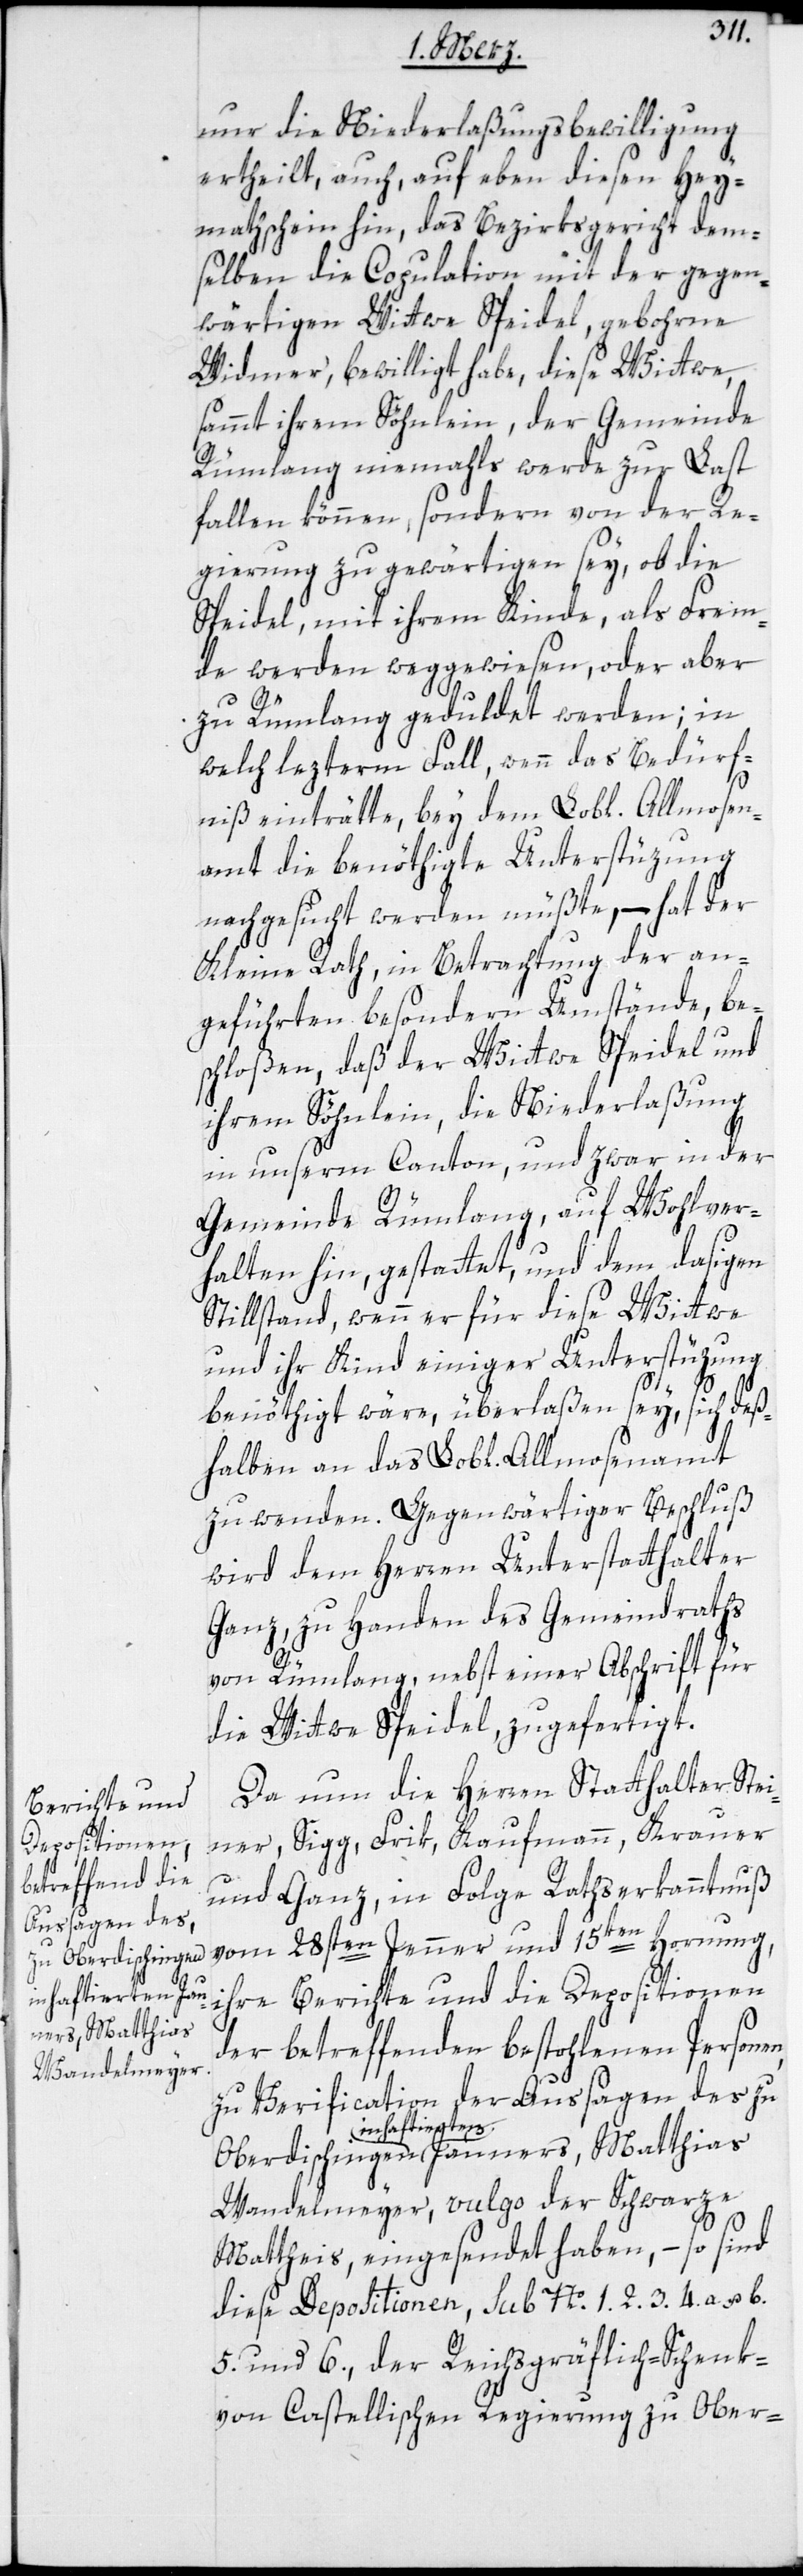
u Oberdischingen
inhaftierten Jau¬
ners, Matthias

nur die Niederlaßungsbewilligung
ertheilt, auch, auf eben diesen Hey¬
mathschein hin, das Bezirksgericht dem¬
selben die Copulation mit der gegen¬
wärtigen Wittwe Speidel, gebohrne
Widmer, bewilliget habe, diese Wittwe,
sammt ihrem Söhnlein, der Gemeinde
Rümlang niemahls werde zur Last
fallen können, sondern von der Re¬
gierung zu gewärtigen sey, ob die
Speidel, mit ihrem Kinde, als Frem¬
de werde weggewiesen, oder aber
zu Rümlang geduldet werden; in
welch lezterem Fall, wenn das Bedürf¬
niß einträtte, bey dem Lobl. Allmosen¬
amt die benöthigte Unterstüzung
nachgesucht werden müßte, – hat der
Kleine Rath, in Betrachtung der an¬
geführten besondern Umstände, be¬
schloßen, daß der Wittwe Speidel und
ihrem Söhnlein, die Niederlaßung
in unserm Canton, und zwar in der
Gemeinde Rümlang, auf Wohlver¬
halten hin, gestattet, und dem dasigen
Stillstand, wenn er für diese Wittwe
und ihr Kind einiger Unterstüzung
benöthigt wäre, überlaßen sey, sich deß¬
halben an das Lobl. Allmosenamt
zu wenden. Gegenwärtiger Beschluß
wird dem Herren Unterstatthalter
Ganz, zu Handen des Gemeindraths
von Rümlang, nebst einer Abschrift für
die Wittwe Speidel zugefertigt.
Da nun die Herren Statthalter Stei¬
ner, Sigg, Frik, Kaufmann, Krauer
und Ganz, in Folge Rathserkanntnuß
vom 28sten Jenner und 15ten Hornung,
ihre Berichte und die Depositionen
der betreffenden bestohlenen Personen,
zu Verification der Aussagen des z¬
Wandelmeyer, vulgo der Schwarze
Mattheis, eingesendet haben, – so sind
diese Depositionen, sub No. 1. 2. 3. 4.a. u. b.
5 und 6., der Reichsgräflich-Schenk
von Castellischen Regierung zu Ober-